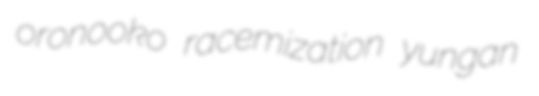
oronooko racemization yungan